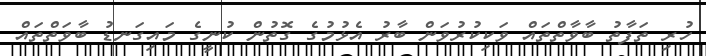
ހުރި ތަފާތު ބާވާތްތައް ވަކިކުރުވަން ބާރު އެޅުމުގެ ގޮތުން ކުނީގެ މައިގަނޑު ބާވަތްތައް